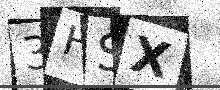
Text: 3HSX